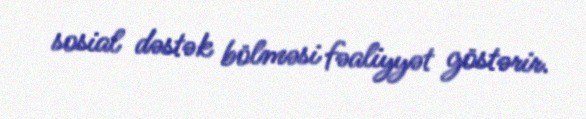
sosial dəstək bölməsi fəaliyyət göstərir.